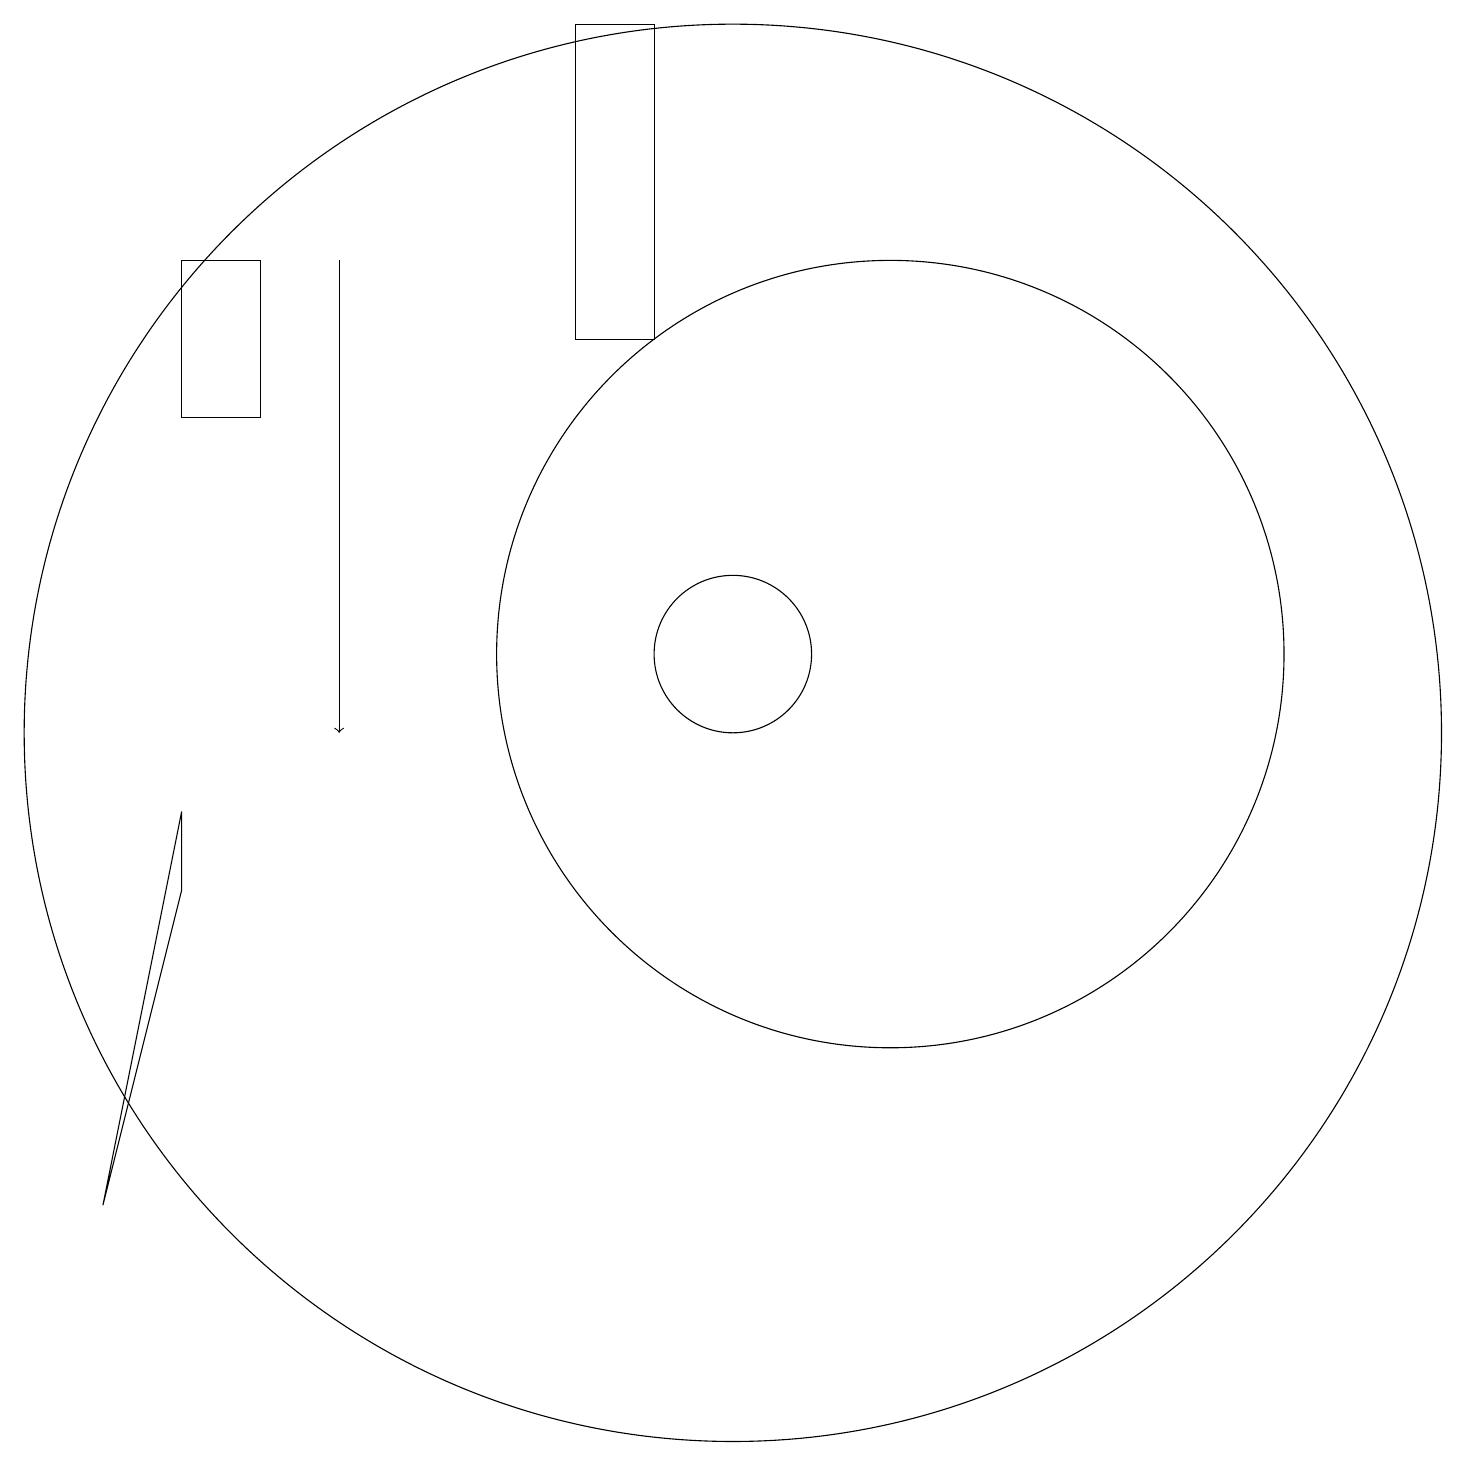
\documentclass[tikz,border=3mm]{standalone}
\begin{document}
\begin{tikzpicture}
\draw (2,4) -- (3,9) -- (3,8) -- cycle;
\draw (10,10) circle (9);
\draw (10,11) circle (1);
\draw (8,15) rectangle (9,19);
\draw (12,11) circle (5);
\draw (10,12) circle (0);
\draw[->] (5,16) -- (5,10);
\draw (3,14) rectangle (4,16);
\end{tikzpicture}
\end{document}